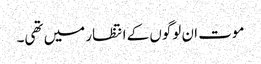
موت ان لوگوں کے انتظار میں تھی۔